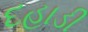
દહાડી